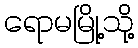
ရောမမြို့သို့